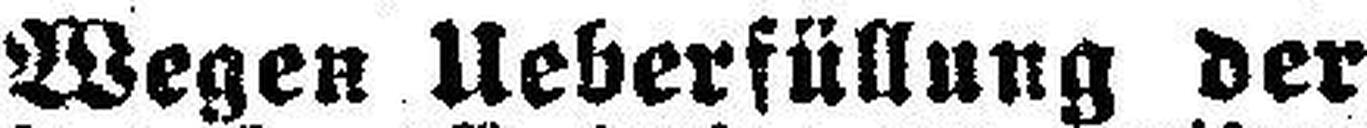
Wegen Ueberfüllung der